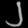
Digit: ၂